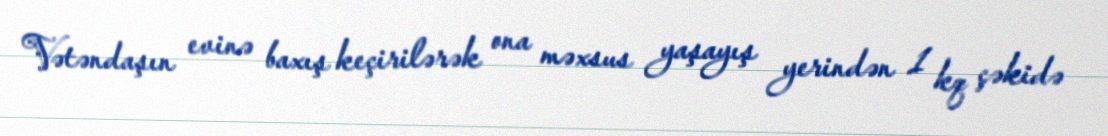
Vətəndaşın evinə baxış keçirilərək ona məxsus yaşayış yerindən 1 kq çəkidə